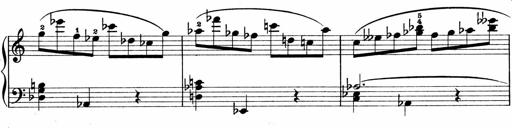
Title: Sonatina No.1
Composer: Otto Stoll
Key: C major